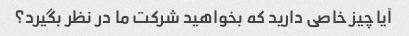
آیا چیز خاصی دارید که بخواهید شرکت ما در نظر بگیرد؟